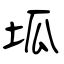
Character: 坬